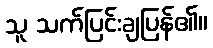
သူ သက်ပြင်းချပြန်၏။